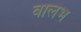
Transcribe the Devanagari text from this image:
वालभ